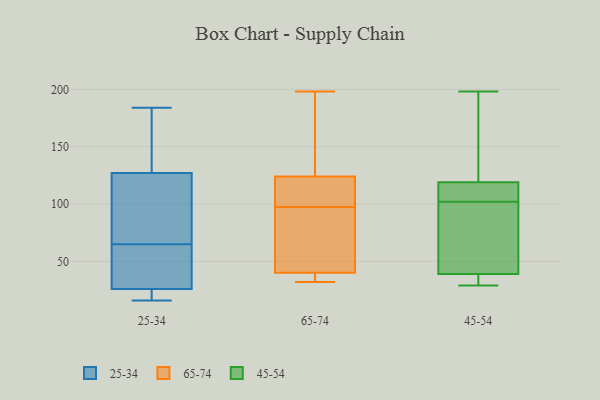
{"axis": {"x": "Page Views", "y": "Value"}, "legend": ["25-34", "45-54", "65-74"], "data": [{"x": "", "y": 100, "type": "25-34"}, {"x": "", "y": 61, "type": "25-34"}, {"x": "", "y": 179, "type": "25-34"}, {"x": "", "y": 129, "type": "25-34"}, {"x": "", "y": 23, "type": "25-34"}, {"x": "", "y": 16, "type": "25-34"}, {"x": "", "y": 25, "type": "25-34"}, {"x": "", "y": 121, "type": "25-34"}, {"x": "", "y": 169, "type": "25-34"}, {"x": "", "y": 65, "type": "25-34"}, {"x": "", "y": 25, "type": "25-34"}, {"x": "", "y": 56, "type": "25-34"}, {"x": "", "y": 29, "type": "25-34"}, {"x": "", "y": 72, "type": "25-34"}, {"x": "", "y": 184, "type": "25-34"}, {"x": "", "y": 67, "type": "65-74"}, {"x": "", "y": 32, "type": "65-74"}, {"x": "", "y": 198, "type": "65-74"}, {"x": "", "y": 64, "type": "65-74"}, {"x": "", "y": 193, "type": "65-74"}, {"x": "", "y": 96, "type": "65-74"}, {"x": "", "y": 114, "type": "65-74"}, {"x": "", "y": 35, "type": "65-74"}, {"x": "", "y": 40, "type": "65-74"}, {"x": "", "y": 99, "type": "65-74"}, {"x": "", "y": 190, "type": "65-74"}, {"x": "", "y": 76, "type": "65-74"}, {"x": "", "y": 146, "type": "65-74"}, {"x": "", "y": 40, "type": "65-74"}, {"x": "", "y": 104, "type": "65-74"}, {"x": "", "y": 119, "type": "65-74"}, {"x": "", "y": 32, "type": "65-74"}, {"x": "", "y": 124, "type": "65-74"}, {"x": "", "y": 29, "type": "45-54"}, {"x": "", "y": 103, "type": "45-54"}, {"x": "", "y": 29, "type": "45-54"}, {"x": "", "y": 113, "type": "45-54"}, {"x": "", "y": 177, "type": "45-54"}, {"x": "", "y": 39, "type": "45-54"}, {"x": "", "y": 105, "type": "45-54"}, {"x": "", "y": 82, "type": "45-54"}, {"x": "", "y": 29, "type": "45-54"}, {"x": "", "y": 101, "type": "45-54"}, {"x": "", "y": 198, "type": "45-54"}, {"x": "", "y": 119, "type": "45-54"}, {"x": "", "y": 61, "type": "45-54"}, {"x": "", "y": 168, "type": "45-54"}]}